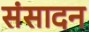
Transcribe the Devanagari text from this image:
संसादन